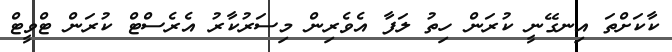
ކާކަށްތަ އިނގޭނީ ކުރަން ހިތު ލަފާ އެވެރިން މިސަރުކާރު އެރެސްޓް ކުރަން ޓްވީޓް